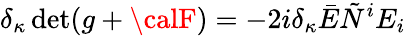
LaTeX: \delta_{\kappa}\operatorname*{d\mathrm{e}t}(g+{\calF})=-2i\delta_{\kappa}\bar{{E}}\tilde{{N}}^{i}E_{i}